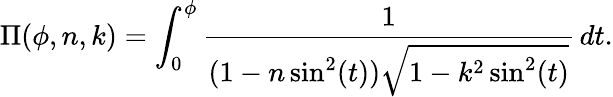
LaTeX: \Pi(\phi,n,k)=\int_{0}^{\phi}{\frac{1}{(1-n\sin^{2}(t)){\sqrt{1-k^{2}\sin^{2}(t)}}}}\, dt.